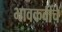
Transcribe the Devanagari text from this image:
भावकवींचे